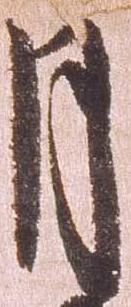
月